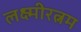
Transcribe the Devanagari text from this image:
लक्ष्मीरत्नम